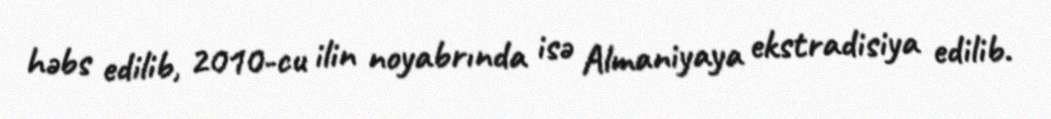
həbs edilib, 2010-cu ilin noyabrında isə Almaniyaya ekstradisiya edilib.